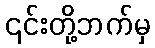
၎င်းတို့ဘက်မှ